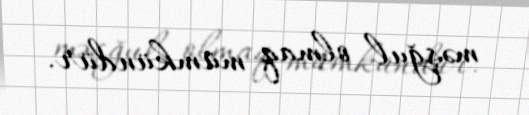
məşğul olmaq mümkündür.